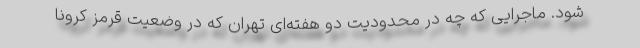
شود. ماجرایی که چه در محدودیت دو هفته‌ای تهران که در وضعیت قرمز کرونا